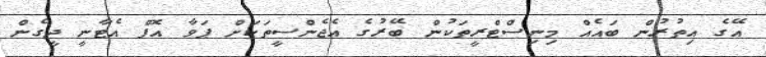
އޭގެ އިތުރުން ބައެއް މިނިސްޓްރީތަކުން ބޭރުގެ އެޖެންސީތަކަށް ޕަވާ އޮފް އެޓާނީ ދީގެން